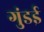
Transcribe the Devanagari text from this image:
गुंडई